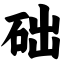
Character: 础